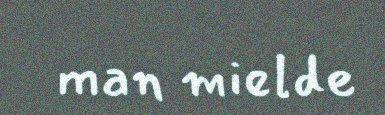
man mielde